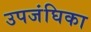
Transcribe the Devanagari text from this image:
उपजंघिका